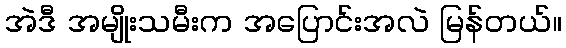
အဲဒီ အမျိုးသမီးက အပြောင်းအလဲ မြန်တယ်။